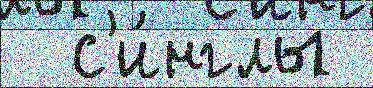
  с'и́нглы